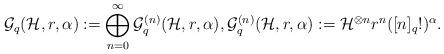
LaTeX: \begin{align*}\mathcal{G}_q(\mathcal{H},r,\alpha):=\bigoplus_{n=0}^\infty\mathcal{G}^{(n)}_q(\mathcal{H},r,\alpha),\mathcal{G}^{(n)}_q(\mathcal{H},r,\alpha):=\mathcal{H}^{\otimes n}r^n([n]_q!)^\alpha.\end{align*}